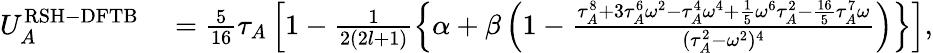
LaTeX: \begin{array}{rl}{U_{A}^{\mathrm{RSH-DFTB}}}&{{}=\frac{5}{16}\tau_{A}\left[1-\frac{1}{2(2l+1)}\left\{ \alpha+\beta\left(1-\frac{\tau_{A}^{8}+3\tau_{A}^{6}\omega^{2}-\tau_{A}^{4}\omega^{4}+\frac{1}{5}\omega^{6}\tau_{A}^{2}-\frac{16}{5}\tau_{A}^{7}\omega}{(\tau_{A}^{2}-\omega^{2})^{4}}\right)\right\} \right],}\end{array}